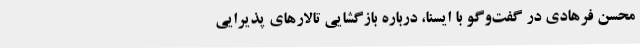
محسن فرهادی در گفت‌وگو با ایسنا، درباره بازگشایی تالارهای پذیرایی